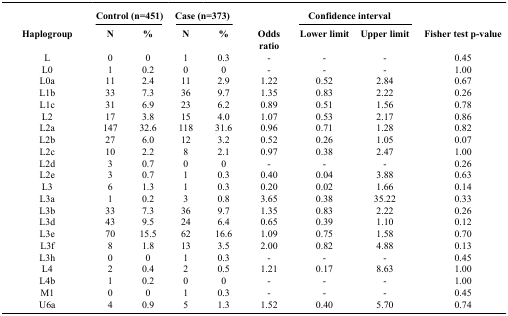
<table><thead><tr><td><b> </b></td><td colspan="2"><b>Control (n=451)</b></td><td colspan="2"><b>Case (n=373)</b></td><td><b> </b></td><td colspan="2"><b>Confidence interval</b></td><td><b> </b></td></tr><tr><td><b>Haplogroup</b></td><td><b>N</b></td><td><b>%</b></td><td><b>N</b></td><td><b>%</b></td><td><b>Odds ratio</b></td><td><b>Lower limit</b></td><td><b>Upper limit</b></td><td><b>Fisher test p-value</b></td></tr></thead><tbody><tr><td>L</td><td>0</td><td>0</td><td>1</td><td>0.3</td><td>-</td><td>-</td><td>-</td><td>0.45</td></tr><tr><td>L0</td><td>1</td><td>0.2</td><td>0</td><td>0</td><td>-</td><td>-</td><td>-</td><td>1.00</td></tr><tr><td>L0a</td><td>11</td><td>2.4</td><td>11</td><td>2.9</td><td>1.22</td><td>0.52</td><td>2.84</td><td>0.67</td></tr><tr><td>L1b</td><td>33</td><td>7.3</td><td>36</td><td>9.7</td><td>1.35</td><td>0.83</td><td>2.22</td><td>0.26</td></tr><tr><td>L1c</td><td>31</td><td>6.9</td><td>23</td><td>6.2</td><td>0.89</td><td>0.51</td><td>1.56</td><td>0.78</td></tr><tr><td>L2</td><td>17</td><td>3.8</td><td>15</td><td>4.0</td><td>1.07</td><td>0.53</td><td>2.17</td><td>0.86</td></tr><tr><td>L2a</td><td>147</td><td>32.6</td><td>118</td><td>31.6</td><td>0.96</td><td>0.71</td><td>1.28</td><td>0.82</td></tr><tr><td>L2b</td><td>27</td><td>6.0</td><td>12</td><td>3.2</td><td>0.52</td><td>0.26</td><td>1.05</td><td>0.07</td></tr><tr><td>L2c</td><td>10</td><td>2.2</td><td>8</td><td>2.1</td><td>0.97</td><td>0.38</td><td>2.47</td><td>1.00</td></tr><tr><td>L2d</td><td>3</td><td>0.7</td><td>0</td><td>0</td><td>-</td><td>-</td><td>-</td><td>0.26</td></tr><tr><td>L2e</td><td>3</td><td>0.7</td><td>1</td><td>0.3</td><td>0.40</td><td>0.04</td><td>3.88</td><td>0.63</td></tr><tr><td>L3</td><td>6</td><td>1.3</td><td>1</td><td>0.3</td><td>0.20</td><td>0.02</td><td>1.66</td><td>0.14</td></tr><tr><td>L3a</td><td>1</td><td>0.2</td><td>3</td><td>0.8</td><td>3.65</td><td>0.38</td><td>35.22</td><td>0.33</td></tr><tr><td>L3b</td><td>33</td><td>7.3</td><td>36</td><td>9.7</td><td>1.35</td><td>0.83</td><td>2.22</td><td>0.26</td></tr><tr><td>L3d</td><td>43</td><td>9.5</td><td>24</td><td>6.4</td><td>0.65</td><td>0.39</td><td>1.10</td><td>0.12</td></tr><tr><td>L3e</td><td>70</td><td>15.5</td><td>62</td><td>16.6</td><td>1.09</td><td>0.75</td><td>1.58</td><td>0.70</td></tr><tr><td>L3f</td><td>8</td><td>1.8</td><td>13</td><td>3.5</td><td>2.00</td><td>0.82</td><td>4.88</td><td>0.13</td></tr><tr><td>L3h</td><td>0</td><td>0</td><td>1</td><td>0.3</td><td>-</td><td>-</td><td>-</td><td>0.45</td></tr><tr><td>L4</td><td>2</td><td>0.4</td><td>2</td><td>0.5</td><td>1.21</td><td>0.17</td><td>8.63</td><td>1.00</td></tr><tr><td>L4b</td><td>1</td><td>0.2</td><td>0</td><td>0</td><td>-</td><td>-</td><td>-</td><td>1.00</td></tr><tr><td>M1</td><td>0</td><td>0</td><td>1</td><td>0.3</td><td>-</td><td>-</td><td>-</td><td>0.45</td></tr><tr><td>U6a</td><td>4</td><td>0.9</td><td>5</td><td>1.3</td><td>1.52</td><td>0.40</td><td>5.70</td><td>0.74</td></tr></tbody></table>